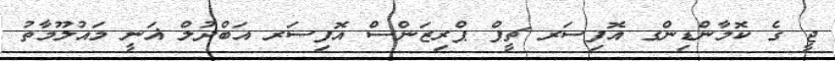
ޖީ ގެ ކޮމާންޑިންގ އޮފިސަރ ޗީފް ޕްރިޒަންސް އޮފިސަރ އަބްދުލް ޣަނީ މައުލޫމާތު